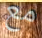
مع